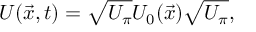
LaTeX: U ( \vec { x } , t ) = \sqrt { U _ { \pi } } U _ { 0 } ( \vec { x } ) \sqrt { U _ { \pi } } ,